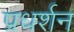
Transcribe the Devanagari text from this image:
प्रधर्शन